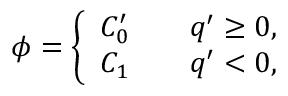
\phi = \left\{ \begin{array} { l l } { C _ { 0 } ^ { \prime } } & { \quad q ^ { \prime } \geq 0 , } \\ { C _ { 1 } } & { \quad q ^ { \prime } < 0 , } \end{array} \right.